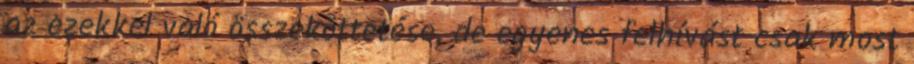
az ezekkel való összeköttetése, de egyenes felhívást csak most